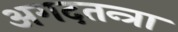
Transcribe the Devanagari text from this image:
अगदतन्त्रा